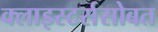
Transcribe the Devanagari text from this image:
क्लाइस्टर्ससोबत